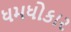
ધમધોકાર